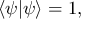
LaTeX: \langle \psi | \psi \rangle = 1 ,